Leprosy in India: report of the Leprosy Commission in India, 1890-91
Year: 1890
Disease focus: Leprosy
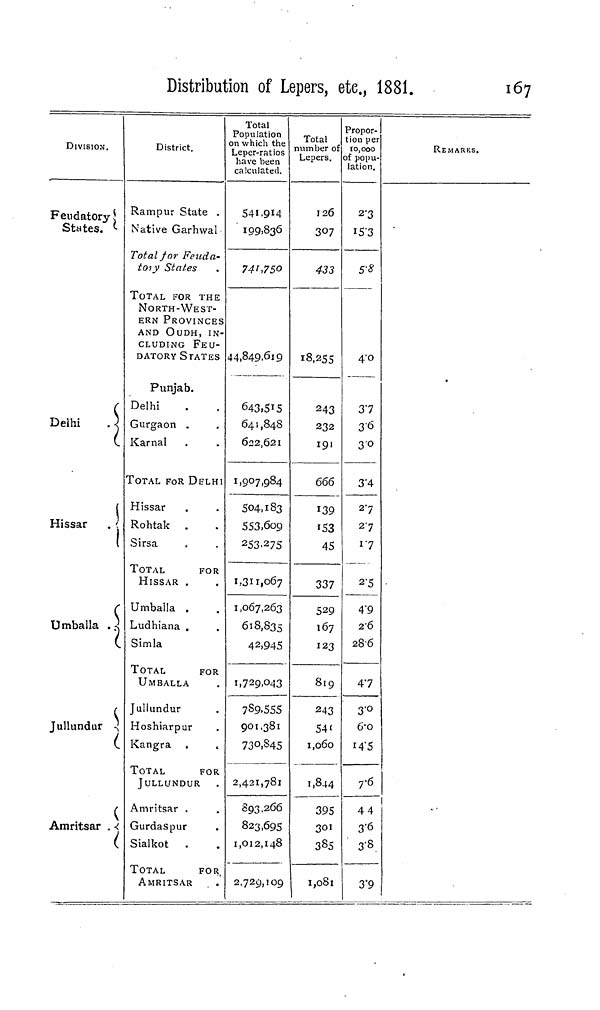
Distribution of Lepers, etc, 1881.
167
DIVISION.
Feudatory \
States. <•
Delhi
)
j
Hissar
. '
1
(
Umballa .4
(
(
Jullundur -;
(
(
Amritsar . <
(
District.
Rampur State .
Native Garhwal
Total for Fenda-
to-iy States
TOTAL FOR THE
NORTH-WEST-
ERN PROVINCES
AND OUDH, IN-
CLUDING FEU-
DATORY STATES
Punjab.
Delhi
Gurgaon .
Karnal
TOTAL FOR DITLHI
Hissar
Rohtak .
Sirsa
TOTAL
FOR
HISSAR .
Umbaila .
Ludhiana .
Simla
TOTAL
FOR
UMBALLA
Jullundur
Hoshiarpur
Kangra
TOTAL
FOR
JULLUNDUR
Amritsar .
Gurdaspur
Sialkot .
TOTAL
FOR
AMRITSAR . .
Total
Population
on which the
Leper-ratios
have been
calculated.
541.9*4
199,836
741,750
44,849.619
643.5IS
641,848
622,621
1,907,984
504,183
553,609
253.275
1,311,067
1,067,263
618,835
42,945
i,729, 0 43
7S9.555
901,381
730,845
2,421,781
893,266
823,695
1,012,148
2,729,109
Total
number of
Lepers.
126
3O7
433
18,255
243
232
191
666
139
'S3
45
337
529
167
123
819
243
54'
1,060
1,844
395
301
385
1,081
Propor-
tion per
10,000
of popu-
lation.
2-3
15-3
5-8
4"o
37
36
30
3'4
2-7
27
i'7
2-5
4"9
2-6
28-6
47
3 -o
6-o
I4-5
7'6
44
3-6
3-8
3"9
REMARKS.
I